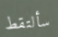
سألتقط